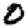
Digit: 0